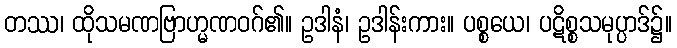
တဿ၊ ထိုသမဏဗြာဟ္မဏဝဂ်၏။ ဥဒါနံ၊ ဥဒါန်းကား။ ပစ္စယေ၊ ပဋိစ္စသမုပ္ပာဒ်၌။